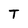
Character: T